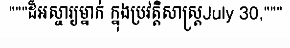
"""ដ៏អស្ចារ្យម្នាក់ ក្នុងប្រវត្តិសាស្ត្រJuly 30,"""